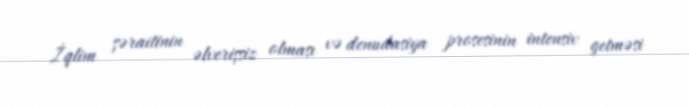
İqlim şəraitinin əlverişsiz olması və denudasiya prosesinin intensiv getməsi